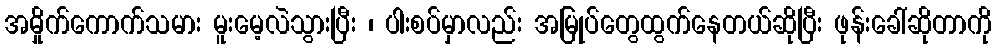
အမှိုက်ကောက်သမား မူးမေ့လဲသွားပြီး ၊ ပါးစပ်မှာလည်း အမြုပ်တွေထွက်နေတယ်ဆိုပြီး ဖုန်းခေါ်ဆိုတာကို